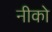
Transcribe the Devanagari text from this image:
नीको